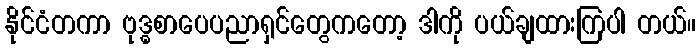
နိုင်ငံတကာ ဗုဒ္ဓစာပေပညာရှင်တွေကတော့ ဒါကို ပယ်ချထားကြပါ တယ်။